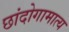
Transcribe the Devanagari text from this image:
छांदोगामात्य